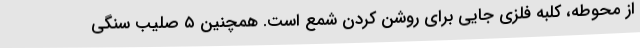
از محوطه، کلبه فلزی جایی برای روشن کردن شمع است. همچنین ۵ صلیب سنگی